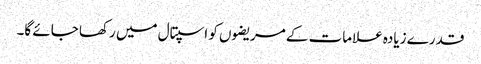
قدرے زیادہ علامات کے مریضوں کو اسپتال میں رکھا جائے گا۔